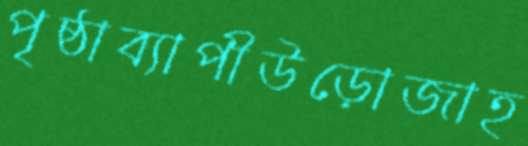
পৃষ্ঠাব্যাপীউড়োজাহ